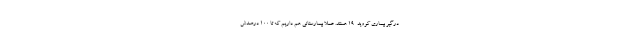
درگیر بیماری کووید-۱۹ هستند. عملا بیمارستانی هم داریم که تا ۱۰۰ درصدش